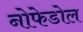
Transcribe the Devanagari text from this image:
नोफेडोल